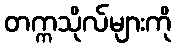
တက္ကသိုလ်များကို